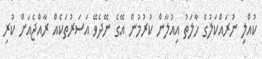
ކުއްލި ނުރައްކަލުގެ ހާލަތު އިއުލާން ކުރުމުން އޭގެ ނޭދެވޭ އަސަރުތަކެއް ރާއްޖެއަށް ކުރި